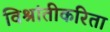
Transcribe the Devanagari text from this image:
विश्रांतीकरिता